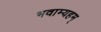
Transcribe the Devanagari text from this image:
भवाम्यहम्